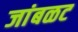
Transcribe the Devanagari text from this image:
जांबळट